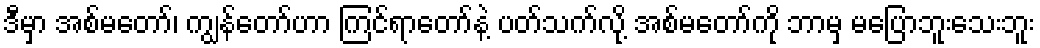
ဒီမှာ အစ်မတော်၊ ကျွန်တော်ဟာ ကြင်ရာတော်နဲ့ ပတ်သက်လို့ အစ်မတော်ကို ဘာမှ မပြောဘူးသေးဘူး